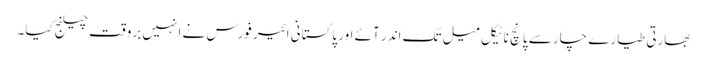
بھارتی طیارے چار سے پانچ ناٹیکل میل تک اندر آئے اور پاکستانی ائیر فورس نے انہیں بروقت چیلنج کیا۔